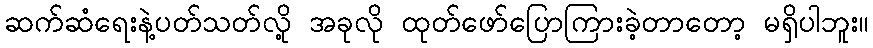
ဆက်ဆံရေးနဲ့ပတ်သတ်လို့ အခုလို ထုတ်ဖော်ပြောကြားခဲ့တာတော့ မရှိပါဘူး။